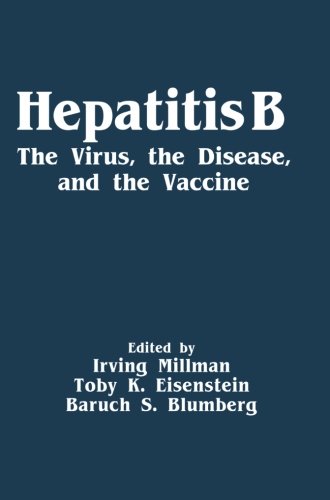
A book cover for Hepatitis B: The Virus, the Disease, and the Vaccine; Irving Millman; Health, Fitness & Dieting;